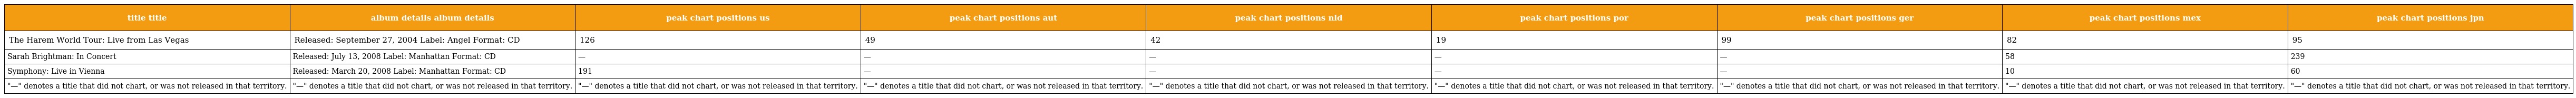
| title title | album details album details | peak chart positions us | peak chart positions aut | peak chart positions nld | peak chart positions por | peak chart positions ger | peak chart positions mex | peak chart positions jpn |
 | --- | --- | --- | --- | --- | --- | --- | --- | --- |
 | The Harem World Tour: Live from Las Vegas | Released: September 27, 2004 Label: Angel Format: CD | 126 | 49 | 42 | 19 | 99 | 82 | 95 |
 | Sarah Brightman: In Concert | Released: July 13, 2008 Label: Manhattan Format: CD | — | — | — | — | — | 58 | 239 |
 | Symphony: Live in Vienna | Released: March 20, 2008 Label: Manhattan Format: CD | 191 | — | — | — | — | 10 | 60 |
 | "—" denotes a title that did not chart, or was not released in that territory. | "—" denotes a title that did not chart, or was not released in that territory. | "—" denotes a title that did not chart, or was not released in that territory. | "—" denotes a title that did not chart, or was not released in that territory. | "—" denotes a title that did not chart, or was not released in that territory. | "—" denotes a title that did not chart, or was not released in that territory. | "—" denotes a title that did not chart, or was not released in that territory. | "—" denotes a title that did not chart, or was not released in that territory. | "—" denotes a title that did not chart, or was not released in that territory. |